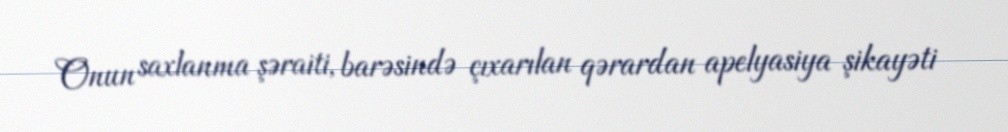
Onun saxlanma şəraiti, barəsində çıxarılan qərardan apelyasiya şikayəti